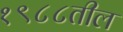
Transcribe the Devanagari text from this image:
१९८८तील